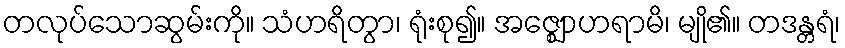
တလုပ်သောဆွမ်းကို။ သံဟရိတွာ၊ ရုံးစု၍။ အဇ္ဈောဟရာမိ၊ မျို၏။ တဒန္တရံ၊